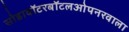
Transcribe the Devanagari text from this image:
सोडावॉटरबॉटलओपनरवाला